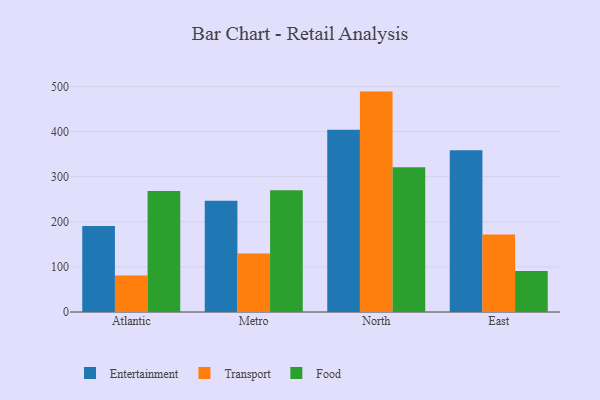
{"axis": {"x": "Region", "y": "Tickets Resolved"}, "legend": ["Entertainment", "Food", "Transport"], "data": [{"x": "Atlantic", "y": 190.7, "type": "Entertainment"}, {"x": "Atlantic", "y": 80.9, "type": "Transport"}, {"x": "Atlantic", "y": 268.1, "type": "Food"}, {"x": "Metro", "y": 246.7, "type": "Entertainment"}, {"x": "Metro", "y": 129.6, "type": "Transport"}, {"x": "Metro", "y": 270.0, "type": "Food"}, {"x": "North", "y": 404.1, "type": "Entertainment"}, {"x": "North", "y": 488.6, "type": "Transport"}, {"x": "North", "y": 320.9, "type": "Food"}, {"x": "East", "y": 358.6, "type": "Entertainment"}, {"x": "East", "y": 171.7, "type": "Transport"}, {"x": "East", "y": 91.0, "type": "Food"}]}